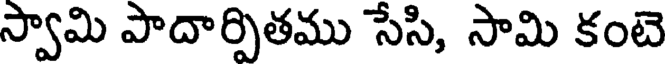
స్వామి పాదార్పితము సేసి, సామి కంటె